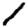
Digit: 1